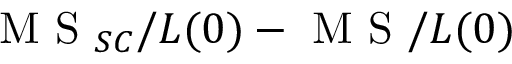
\textrm { M S } _ { S C } / L ( 0 ) - \textrm { M S } / L ( 0 )